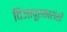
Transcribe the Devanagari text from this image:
विजापूरकारांशी